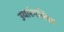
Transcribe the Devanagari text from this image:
उयारंगलिल